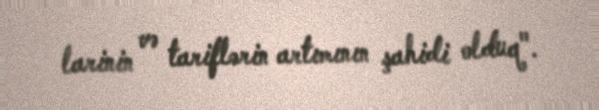
larinin və tariflərin artımının şahidi olduq".